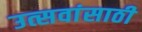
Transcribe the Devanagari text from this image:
उत्सवांसाठी